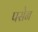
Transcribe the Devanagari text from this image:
पसेन